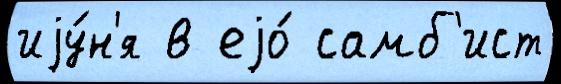
иjу́н'я в еjо́ самб'ист